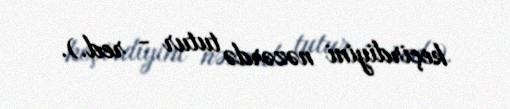
keçirdiyini nəzərdə tutur - red.).